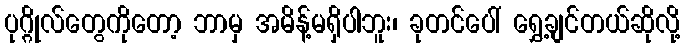
ပုဂ္ဂိုလ်တွေကိုတော့ ဘာမှ အမိန့်မရှိပါဘူး၊ ခုတင်ပေါ် ရွှေ့ချင်တယ်ဆိုလို့